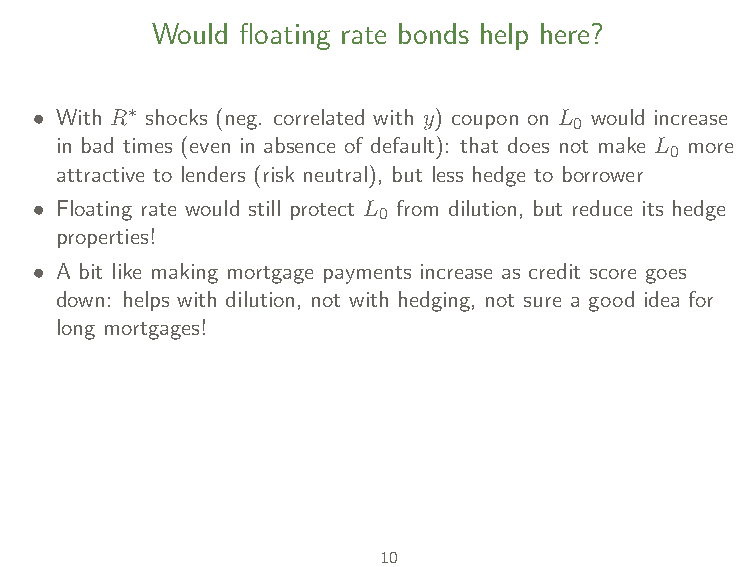
• Seniority clauses (Chatterjee and Eyigungor, 2015), might be better tool
 to address dilution without altering hedging properties on long bonds
 • Still a puzzle why don’t we see much of these instruments in sovereign
 markets. Maybe dilution not too big of a deal? Default not too
 dependent on debt levels?
 Would floating rate bonds help here?
 • With R∗ shocks (neg. correlated with y) coupon on L would increase
 0
 in bad times (even in absence of default): that does not make L more
 0
 attractive to lenders (risk neutral), but less hedge to borrower
 • Floating rate would still protect L from dilution, but reduce its hedge
 0
 properties!
 • A bit like making mortgage payments increase as credit score goes
 down: helps with dilution, not with hedging, not sure a good idea for
 long mortgages!
 10